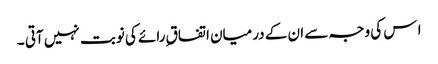
ا س کی وجہ سے ان کے درمیان اتفاق ِرائے کی نوبت نہیں آتی ۔